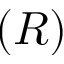
( R )